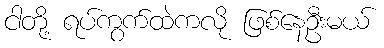
ငါတို့ ရပ်ကွက်ထဲကလို ဖြစ်နေဦးမယ်